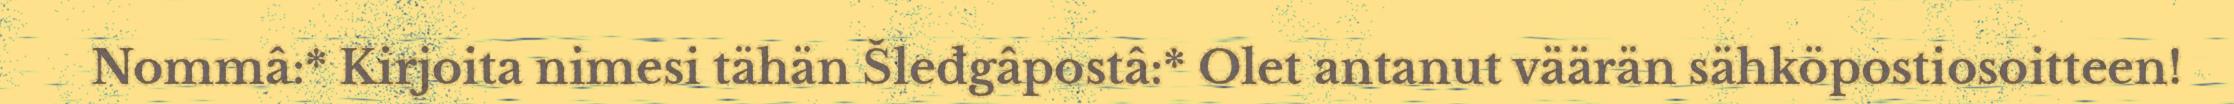
Nommâ:* Kirjoita nimesi tähän Šleđgâpostâ:* Olet antanut väärän sähköpostiosoitteen!